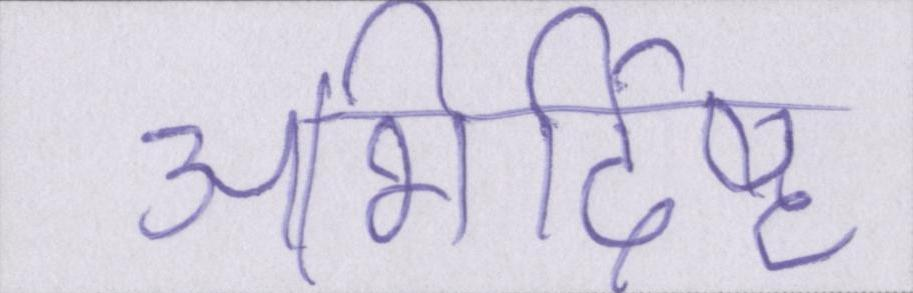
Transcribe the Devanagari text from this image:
अभिर्दिष्ट